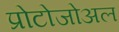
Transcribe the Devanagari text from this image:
प्रोटोजोअल